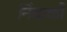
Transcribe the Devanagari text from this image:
निंबार्कौ